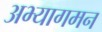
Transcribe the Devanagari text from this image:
अभ्यागमन